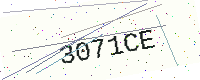
Text: 3071CE